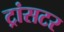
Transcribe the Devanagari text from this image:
ट्रांसटर